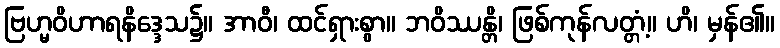
ဗြဟ္မဝိဟာရနိဒ္ဒေသ၌။ အာဝီ၊ ထင်ရှားစွာ။ ဘဝိဿန္တိ၊ ဖြစ်ကုန်လတ္တံ့။ ဟိ၊ မှန်၏။